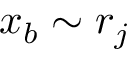
x _ { b } \sim r _ { j }